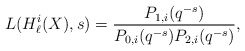
\begin{align*}L(H_\ell^i(X),s)=\frac{P_{1,i}(q^{-s})}{P_{0,i}(q^{-s})P_{2,i}(q^{-s})},\end{align*}